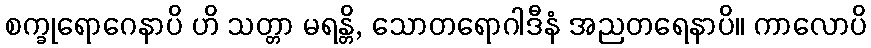
စက္ခုရောဂေနာပိ ဟိ သတ္တာ မရန္တိ, သောတရောဂါဒီနံ အညတရေနာပိ။ ကာလောပိ